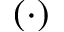
\left( \cdot \right)